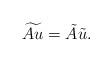
LaTeX: \begin{align*}\widetilde{Au}=\tilde{A}\tilde{u}.\end{align*}